Report on the working of the Ranchi Indian Mental Hospital, Kanke, in Bihar and Orissa - 1930-1940
Year: 1930
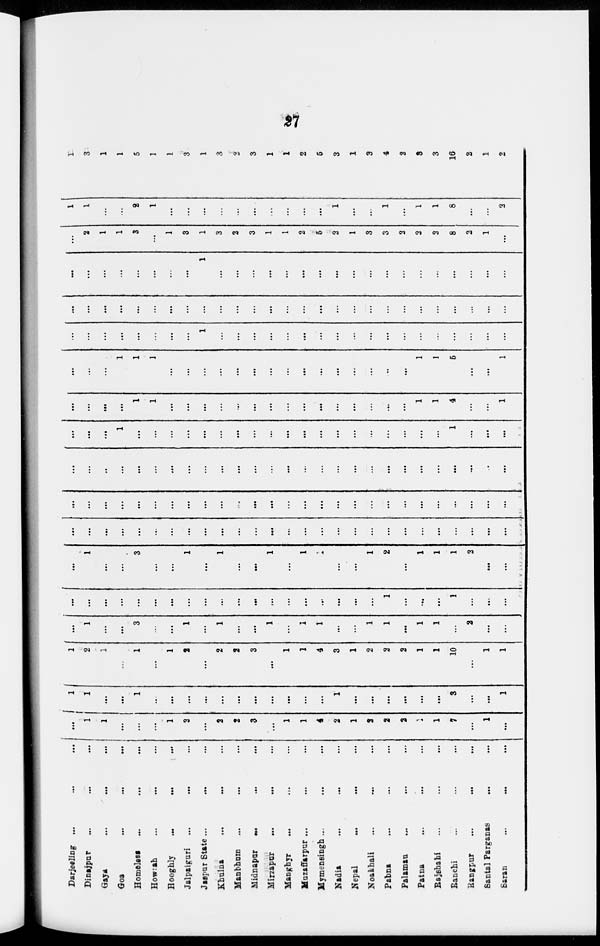
27
Darjeeling ... ... ...
Dinajpur ... ... ...
Gaya ... ... ...
Goa ... ... ...
Homeless ... ... ...
Howrah ... ... ...
Hooghly ... ... ...
Jalpaiguri ... ... ...
Jaspur State ... ... ...
Khulna ... ... ...
Manbhum ... ... ...
Midnapar ... ... ...
Mirzapur ... ... ...
Manghyr ... ... ...
Muzaffarpur ... ... ...
Mymensingh ... ... ...
Nadia ... ... ...
Nepal ... ... ...
Noakhali ... ... ...
Pabna ... ... ...
Palaman ... ... ...
Patna ... ... ...
Rajshahi ... ... ...
Ranchi ... ... ...
Rangpur ... ... ...
Santal Parganas ... ...
Saran ... ... ...
...
1
1
...
...
...
1
2
...
2
2
3
...
1
1
4
2
1
2
2
2
1
1
7
...
1
...
1
1
...
...
1
...
...
...
...
...
...
...
...
...
...
...
1
...
...
...
...
...
...
3
...
...
1
1
2
1
...
1
...
1
2
...
2
2
3
...
1
1
4
3
1
2
2
2
1
1
10
...
1
1
...
1
...
...
3
...
...
1
...
1
...
...
1
...
1
1
...
...
1
1
...
1
1
...
2
...
...
...
...
...
...
...
...
...
...
...
...
...
...
...
...
...
...
...
...
...
1
...
...
...
1
...
...
...
...
1
...
...
3
...
...
1
...
1
...
...
1
...
1
1
...
...
1
2
...
1
1
1
2
...
...
...
...
...
...
...
...
...
...
...
...
...
...
...
...
...
...
...
...
...
...
...
...
...
...
...
...
...
...
...
...
...
...
...
...
...
...
...
...
...
...
...
...
...
...
...
...
...
...
...
...
...
...
...
...
...
...
...
...
...
...
...
...
...
...
...
...
...
...
...
...
...
...
...
...
...
...
...
...
...
...
...
...
...
...
1
...
...
...
...
...
...
...
...
...
...
...
...
...
...
...
...
...
...
...
1
...
...
...
...
...
...
...
1
1
...
...
...
...
...
...
...
...
...
...
...
...
...
...
...
1
1
4
...
...
1
...
...
...
1
1
1
...
...
...
...
...
...
...
...
...
...
...
...
...
...
...
1
1
5
...
...
1
...
...
...
...
...
...
...
...
1
...
...
...
...
...
...
...
...
...
...
...
...
...
...
...
...
...
...
...
...
...
...
...
...
...
...
...
...
...
...
...
...
...
...
...
...
...
...
...
...
...
...
...
...
...
...
...
...
...
...
...
...
...
1
...
...
...
...
...
...
...
...
...
...
...
...
...
...
...
...
...
...
...
2
1
1
3
...
1
3
1
3
2
3
1
1
2
5
2
1
3
3
2
2
2
8
2
1
...
1
1
...
...
2
1
...
...
...
...
...
...
...
...
...
...
1
...
...
1
...
1
1
8
...
...
2
1
3
1
1
5
1
1
3
1
3
2
3
1
1
2
5
3
1
3
4
2
3
3
16
2
1
2